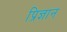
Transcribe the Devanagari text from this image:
प्रिज्ञान